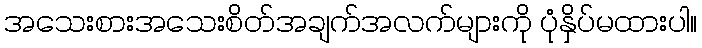
အသေးစားအသေးစိတ်အချက်အလက်များကို ပုံနှိပ်မထားပါ။